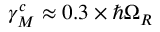
\gamma _ { M } ^ { c } \approx 0 . 3 \times \hbar \Omega _ { R }